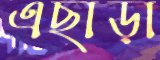
এছাড়া